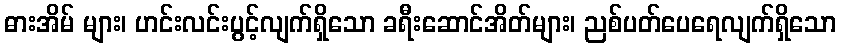
ဓားအိမ် များ၊ ဟင်းလင်းပွင့်လျက်ရှိသော ခရီးဆောင်အိတ်များ၊ ညစ်ပတ်ပေရေလျက်ရှိသော